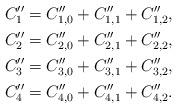
LaTeX: \begin{align*} &C''_1 = C''_{1,0} + C''_{1,1} + C''_{1,2},\\ &C''_2 = C''_{2,0} + C''_{2,1} + C''_{2,2},\\ &C''_3 = C''_{3,0} + C''_{3,1} + C''_{3,2},\\ &C''_4 = C''_{4,0} + C''_{4,1} + C''_{4,2}.\end{align*}